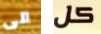
الى كل